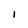
Character: I